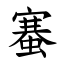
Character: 䗙